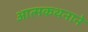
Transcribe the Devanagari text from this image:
आत्मकथनाने